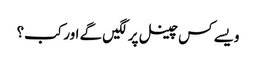
ویسے کس چینل پر لگیں گے اور کب؟